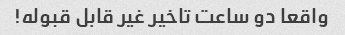
واقعا دو ساعت تاخیر غیر قابل قبوله!